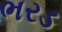
ભરડ